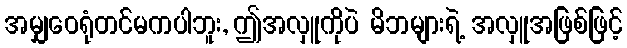
အမျှဝေရုံတင်မကပါဘူး, ဤအလှူကိုပဲ မိဘများရဲ့ အလှူအဖြစ်ဖြင့်